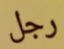
رجل